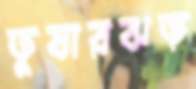
তুষারঝড়